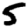
Digit: 5